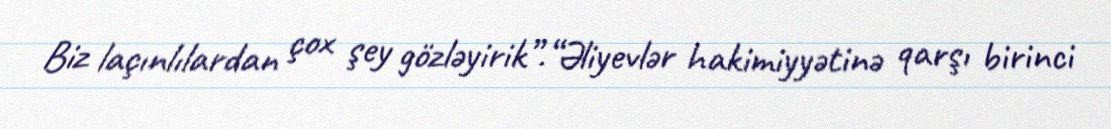
Biz laçınlılardan çox şey gözləyirik”.“Əliyevlər hakimiyyətinə qarşı birinci